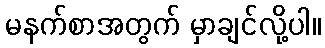
မနက်စာအတွက် မှာချင်လို့ပါ။